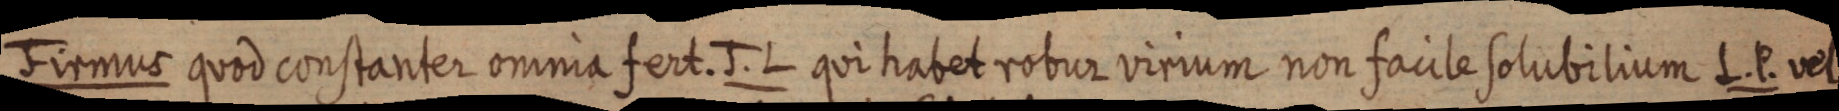
Firmus quod constanter omnia fert. J. L quit habet robur virium non facile solubilium L. P. vel